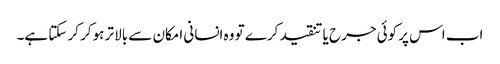
اب اس پر کوئی جرح یا تنقید کرے تو وہ انسانی امکان سے بالا تر ہوکر کر سکتا ہے۔